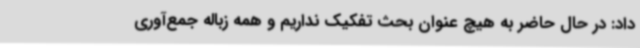
داد: در حال حاضر به هیچ عنوان بحث تفکیک نداریم و همه زباله جمع‌آوری